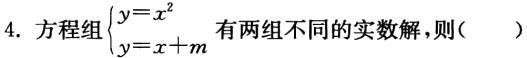
4. 方程组$\begin{cases}y = x^{2}\\y = x + m\end{cases}$有两组不同的实数解，则（  ）